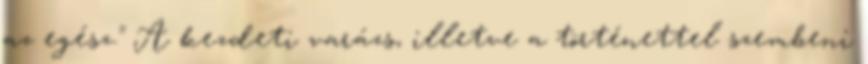
az egész." A kezdeti varázs, illetve a történettel szembeni